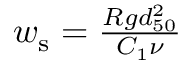
\begin{array} { r } { w _ { \mathrm { s } } = \frac { R g d _ { 5 0 } ^ { 2 } } { C _ { 1 } \nu } } \end{array}